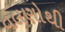
વલણોથી